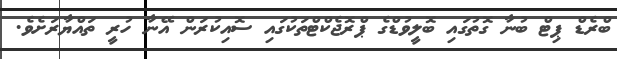
ބްރެޑް ޕިޓް ބުނާ ގޮތުގައި ބޮލީވުޑްގެ ޕްރޮޖެކްޓްތަކުގައި ސޮއިކުރަން އޭނާ ހުރީ ތައްޔާރަށެވެ.